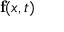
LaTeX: \mathbf { f } ( { \boldsymbol { x } } , t )